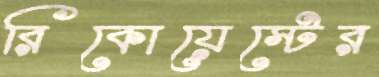
রিকোয়েস্টের